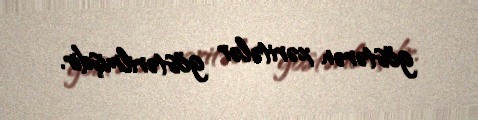
göstərən xəritələr göstərilmişdir.